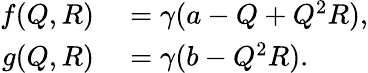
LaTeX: \begin{array}{rl}{f(Q,R)}&{{}=\gamma(a-Q+Q^{2}R),}\\ {g(Q,R)}&{{}=\gamma(b-Q^{2}R).}\end{array}